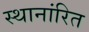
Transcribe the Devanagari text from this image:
स्थानांरित